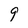
Character: 9